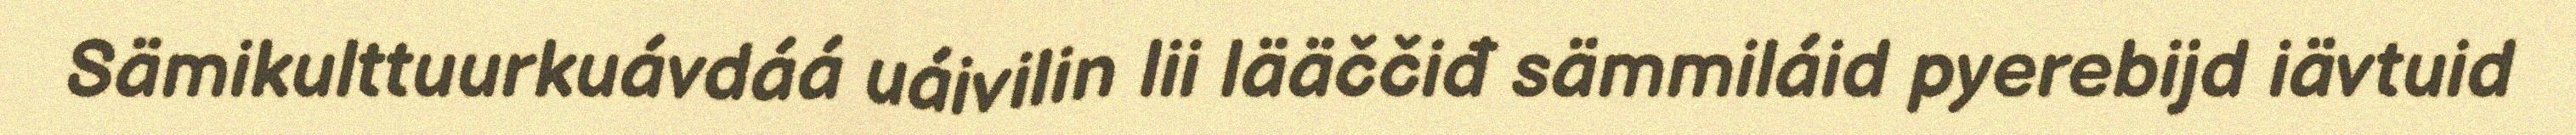
Sämikulttuurkuávdáá uáivilin lii lääččiđ sämmiláid pyerebijd iävtuid